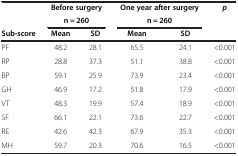
|  | <COLSPAN=2> Before surgery | <COLSPAN=2> One year after surgery | p |
 |  | <COLSPAN=2> n = 260 | <COLSPAN=2> n = 260 |  |
 | Sub-score | Mean | SD | Mean | SD |  |
 | --- | --- | --- | --- | --- | --- |
 | PF | 48.2 | 28.1 | 65.5 | 24.1 | <0.001 |
 | RP | 28.8 | 37.3 | 51.1 | 38.8 | <0.001 |
 | BP | 59.1 | 25.9 | 73.9 | 23.4 | <0.001 |
 | GH | 46.9 | 17.2 | 51.8 | 17.9 | <0.001 |
 | VT | 48.3 | 19.9 | 57.4 | 18.9 | <0.001 |
 | SF | 66.1 | 22.1 | 73.6 | 22.7 | <0.001 |
 | RE | 42.6 | 42.3 | 67.9 | 35.3 | <0.001 |
 | MH | 59.7 | 20.3 | 70.6 | 16.5 | <0.001 |